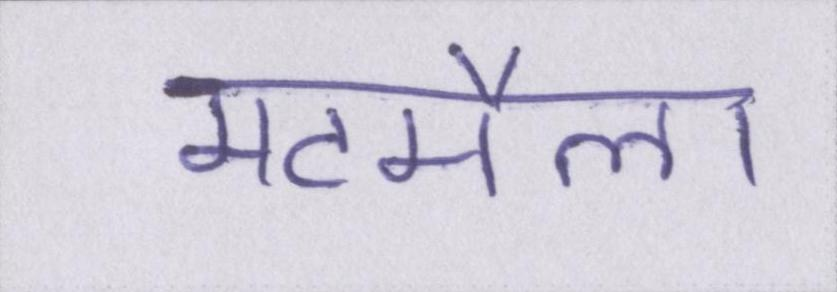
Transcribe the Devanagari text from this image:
मटमैला